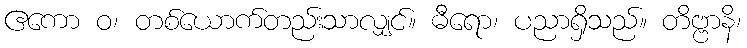
ဧကော ဝ၊ တစ်ယောက်တည်းသာလျှင်။ ဓီရော၊ ပညာရှိသည်။ တိဗ္ဗာနိ၊